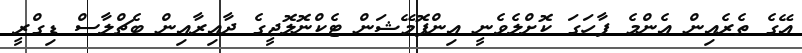
އޭގެ ތެރެއިން އެންމެ ފާހަގަ ކޮށްލެވެނީ އިންފޮމޭޝަން ޓެކްނޮލޮޖީގެ ދާއިރާއިން ބެޗްލާސް ޑިގްރީ